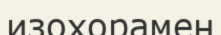
изохорамен